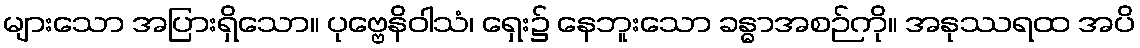
များသော အပြားရှိသော။ ပုဗ္ဗေနိဝါသံ၊ ရှေး၌ နေဘူးသော ခန္ဓာအစဉ်ကို။ အနုဿရထ အပိ